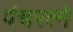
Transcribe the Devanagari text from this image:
पंचरत्‍ने